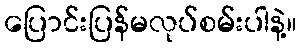
ပြောင်းပြန်မလုပ်စမ်းပါနဲ့။